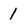
Character: 1